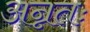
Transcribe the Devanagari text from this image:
अन्नतः